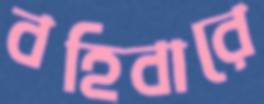
বহিবারে